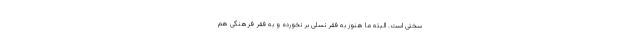
سختی است. البته ما هنوز به فقر نسلی بر نخورده و به فقر فرهنگی هم